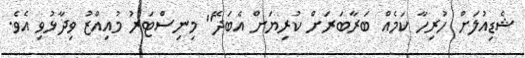
ޝެޑިއުލަށް ހުރިހާ ކަމެއް ބަރާބަރަށް ކުރިޔަށް އެބަދޭ" މިނިސްޓަރު މުއިއްޒު ވިދާޅުވި އެވެ.